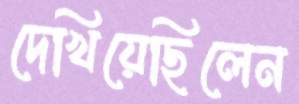
দেখিয়েছিলেন